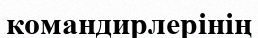
командирлерінің